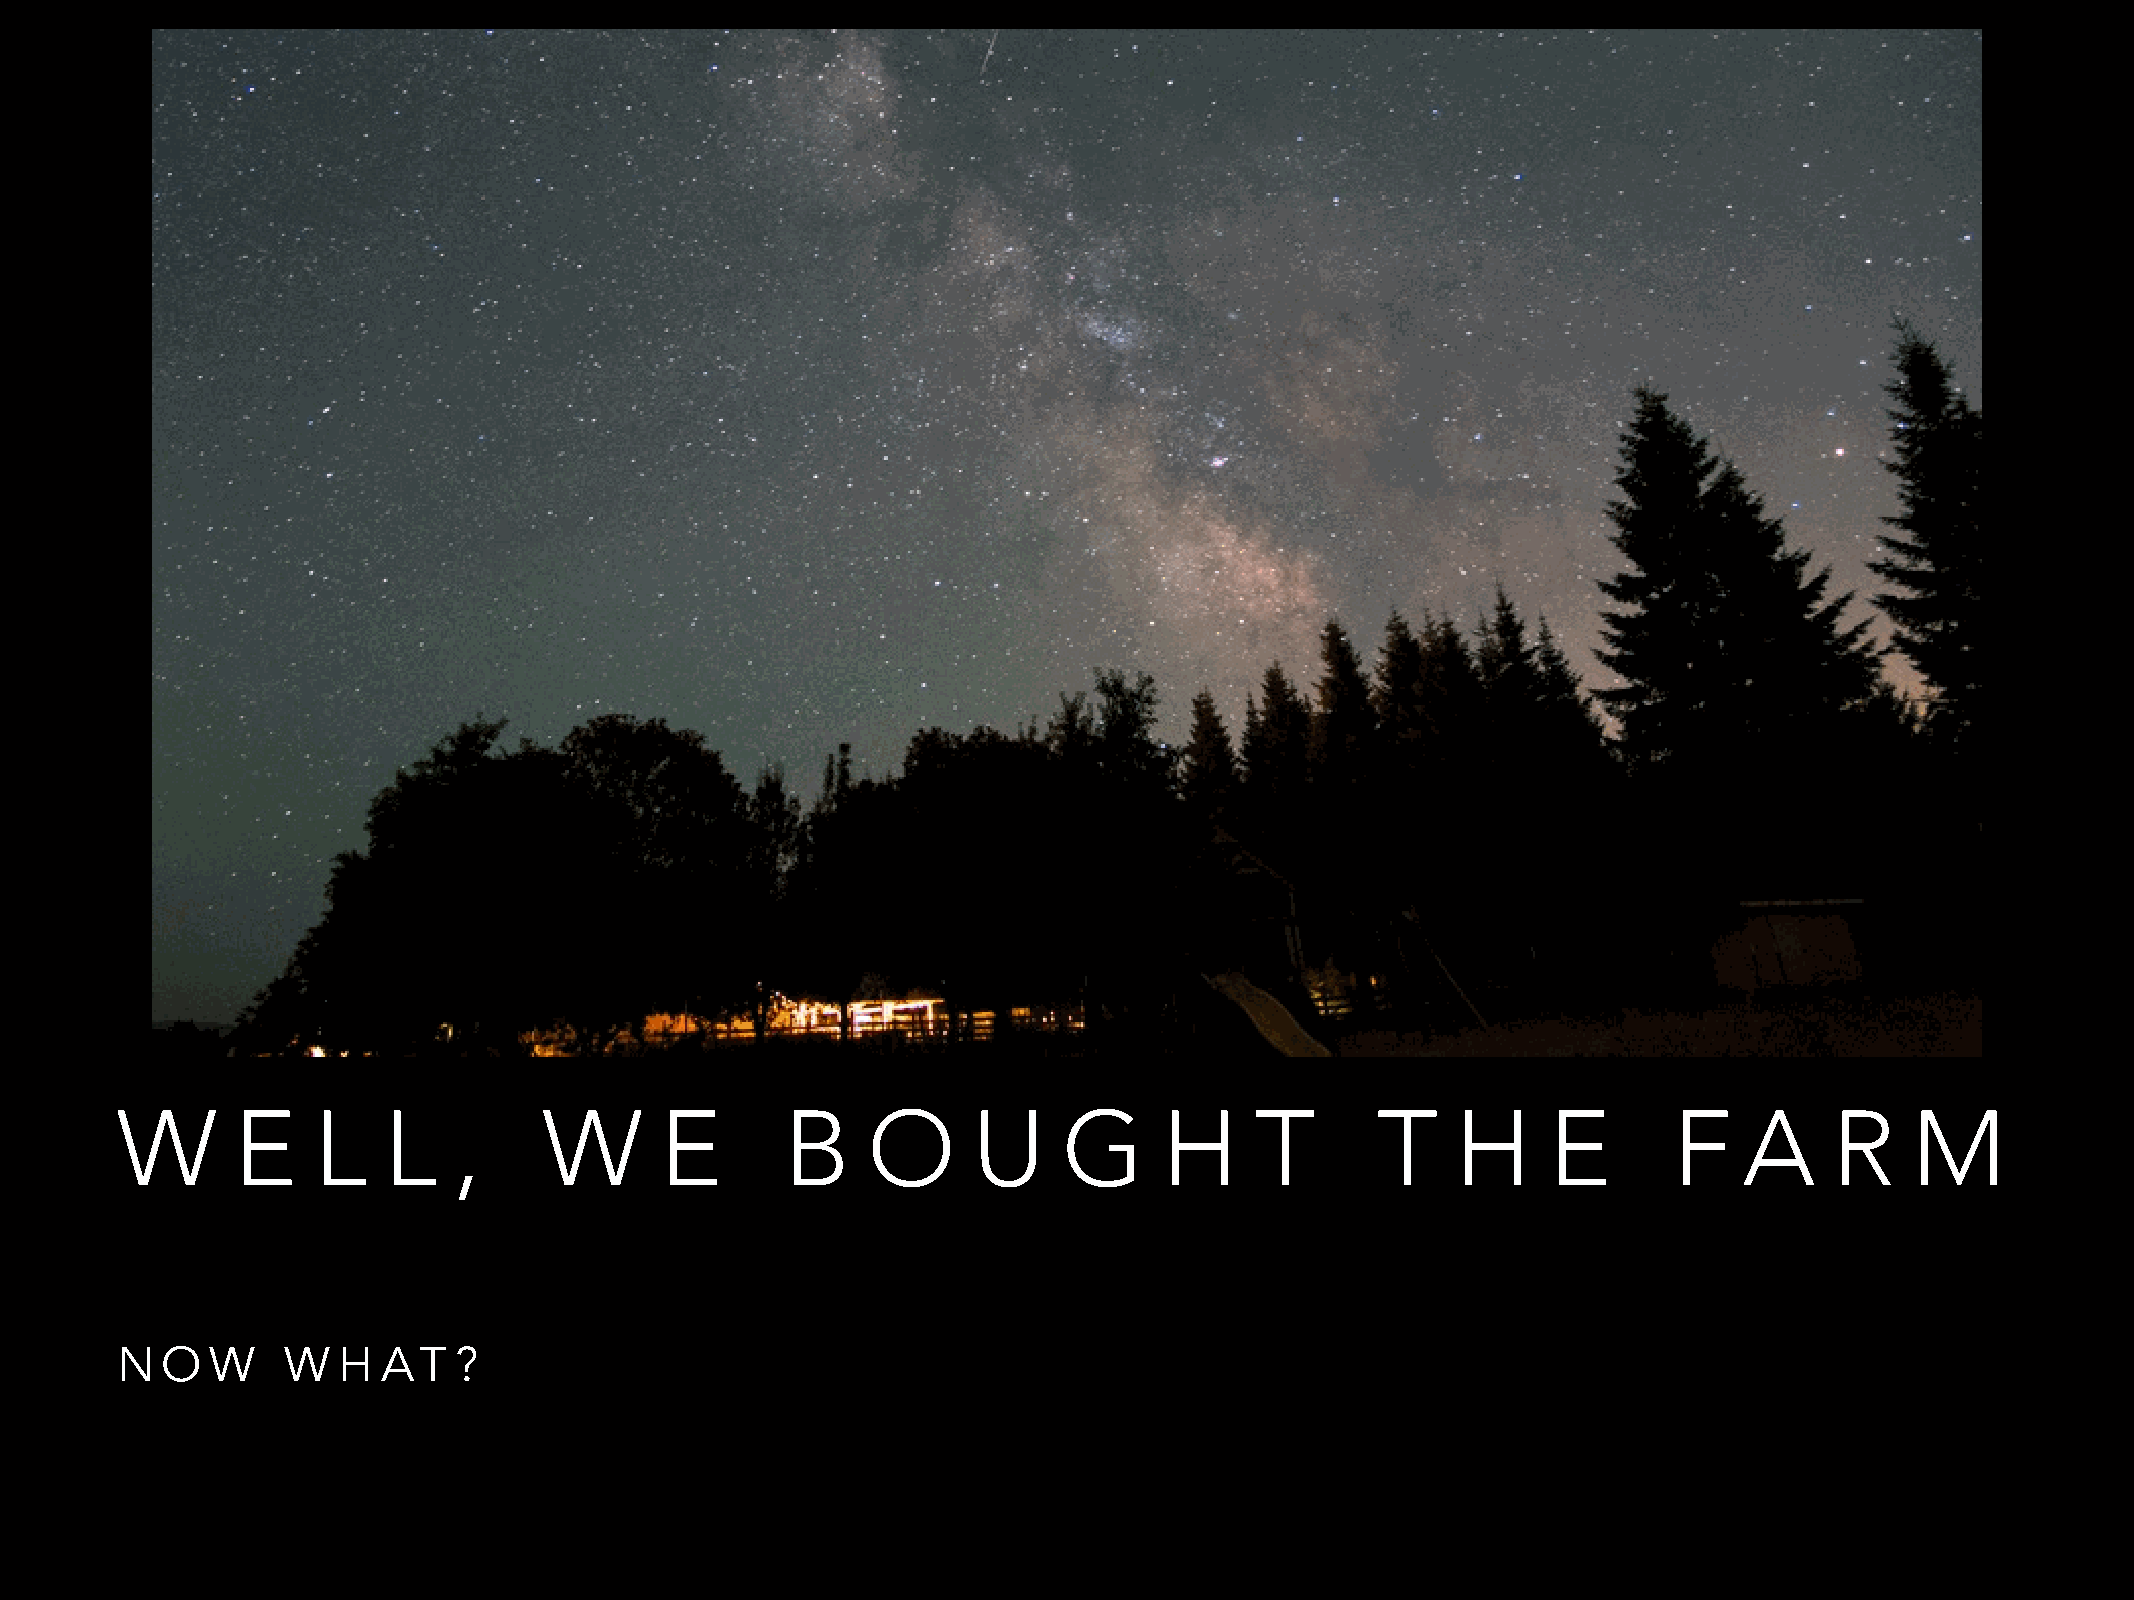
W      E     L   L    ,     W       E       B    O      U     G      H     T       T    H     E        F   A     R     M
 N  O  W    W  H  AT   ?